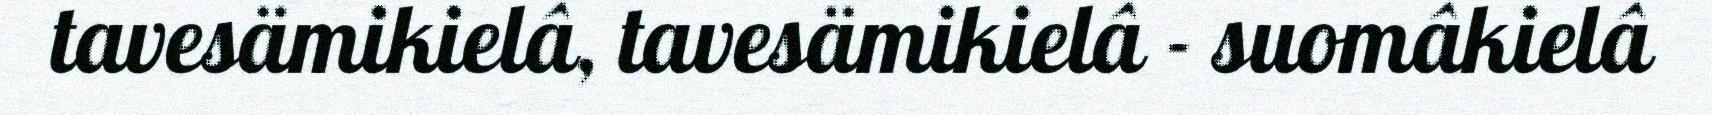
tavesämikielâ, tavesämikielâ - suomâkielâ